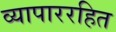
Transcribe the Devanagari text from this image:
व्यापाररहित